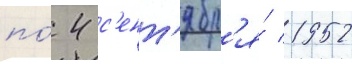
по́ 4 с'ент'ябр'я́ 1952